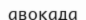
авокада